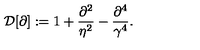
{ \cal D } [ \partial ] : = 1 + { \frac { \partial ^ { 2 } } { \eta ^ { 2 } } } - { \frac { \partial ^ { 4 } } { \gamma ^ { 4 } } } .